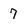
Character: 7